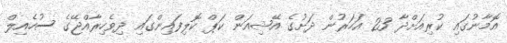
އޮމާނުގައި ކުރިއަށްދާ 23 އަހަރުން ދަށުގެ އޭޝިއަން ކަޕް ކޮލިފައިންގައި ދިވެހިރާއްޖޭގެ ސުހެއިލް